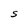
Character: a